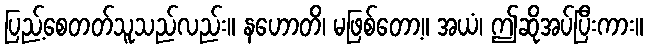
ပြည့်စေတတ်သူသည်လည်း။ နဟောတိ၊ မဖြစ်တော့။ အယံ၊ ဤဆိုအပ်ပြီးကား။